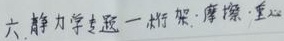
六、静力学专题一 桁架·摩擦·重心